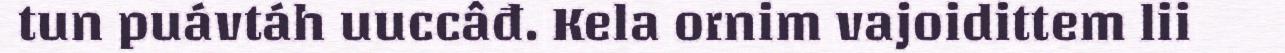
tun puávtáh uuccâđ. Kela ornim vajoidittem lii